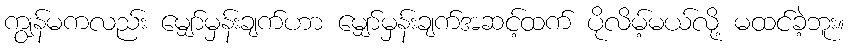
ကျွန်မကလည်း မျှော်မှန်းချက်ဟာ မျှော်မှန်းချက်အဆင့်ထက် ပိုလိမ့်မယ်လို့ မထင်ခဲ့ဘူး။